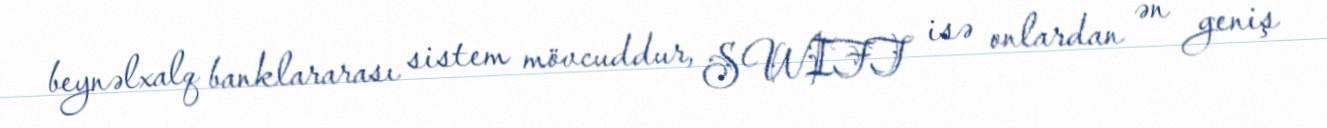
beynəlxalq banklararası sistem mövcuddur, SWIFT isə onlardan ən geniş